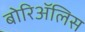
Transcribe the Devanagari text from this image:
बोरिॲलिस